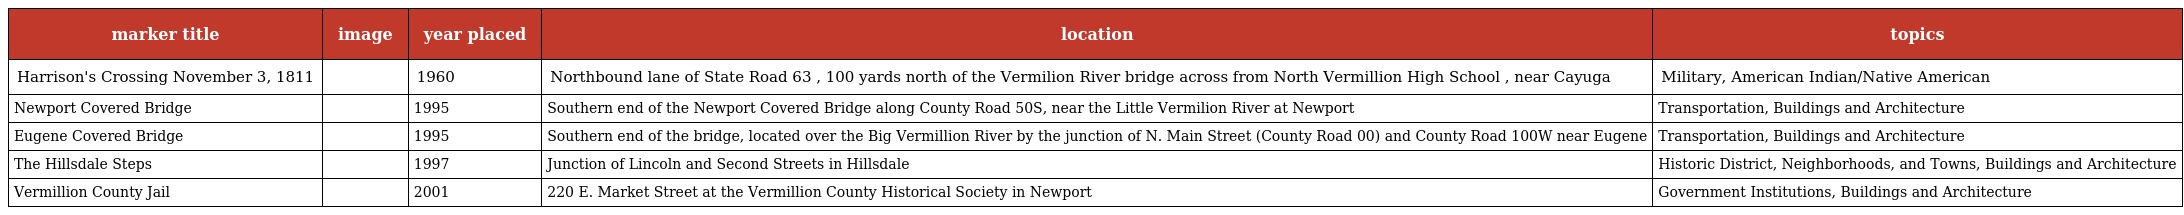
| marker title | image | year placed | location | topics |
 | --- | --- | --- | --- | --- |
 | Harrison's Crossing November 3, 1811 |  | 1960 | Northbound lane of State Road 63 , 100 yards north of the Vermilion River bridge across from North Vermillion High School , near Cayuga | Military, American Indian/Native American |
 | Newport Covered Bridge |  | 1995 | Southern end of the Newport Covered Bridge along County Road 50S, near the Little Vermilion River at Newport | Transportation, Buildings and Architecture |
 | Eugene Covered Bridge |  | 1995 | Southern end of the bridge, located over the Big Vermillion River by the junction of N. Main Street (County Road 00) and County Road 100W near Eugene | Transportation, Buildings and Architecture |
 | The Hillsdale Steps |  | 1997 | Junction of Lincoln and Second Streets in Hillsdale | Historic District, Neighborhoods, and Towns, Buildings and Architecture |
 | Vermillion County Jail |  | 2001 | 220 E. Market Street at the Vermillion County Historical Society in Newport | Government Institutions, Buildings and Architecture |